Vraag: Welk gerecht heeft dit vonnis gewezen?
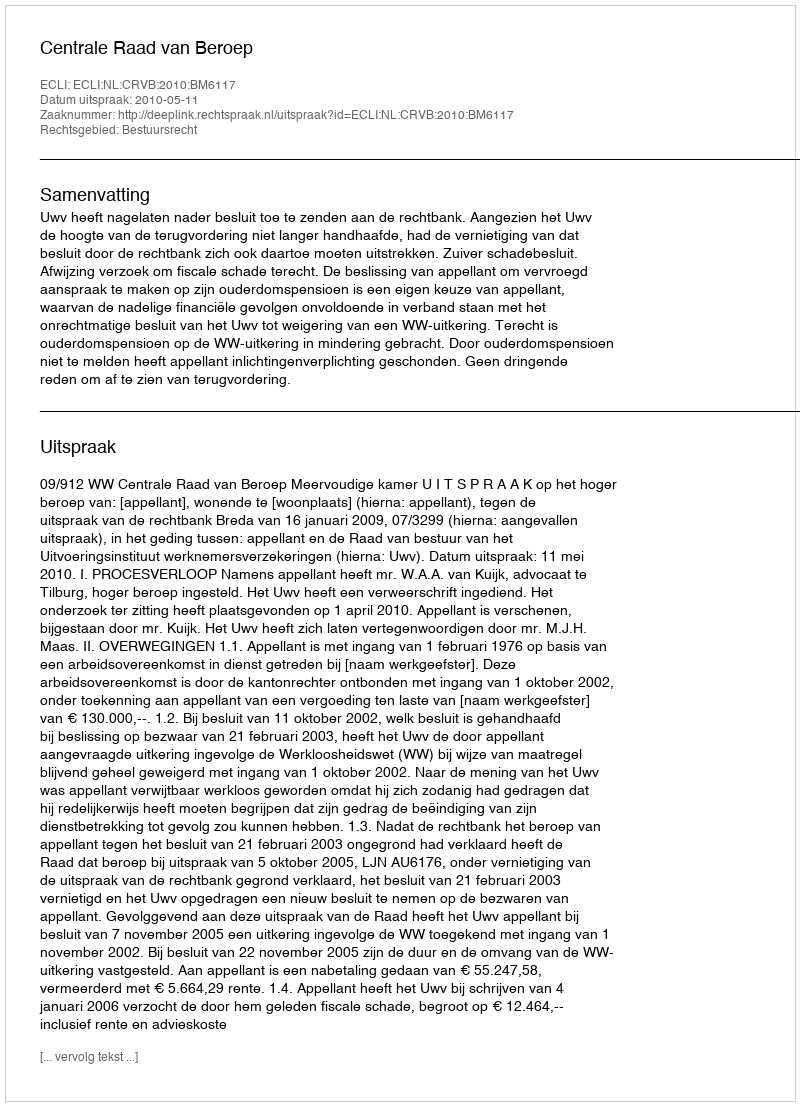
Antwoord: Centrale Raad van Beroep